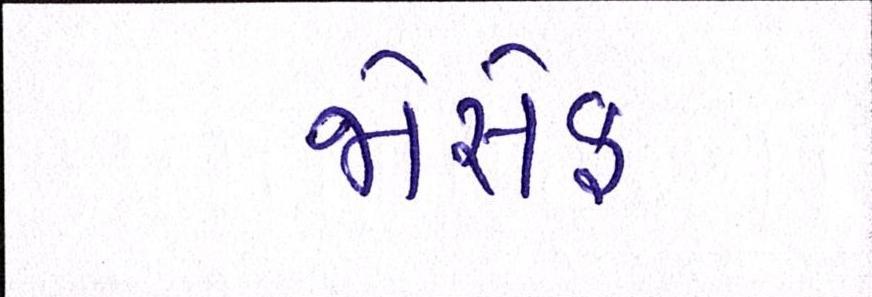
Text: જોસેફ